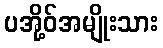
ပအို့ဝ်အမျိုးသား